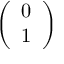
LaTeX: \left( \begin{array} { l } { 0 } \\ { 1 } \end{array} \right)